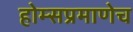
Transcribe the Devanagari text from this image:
होम्सप्रमाणेच